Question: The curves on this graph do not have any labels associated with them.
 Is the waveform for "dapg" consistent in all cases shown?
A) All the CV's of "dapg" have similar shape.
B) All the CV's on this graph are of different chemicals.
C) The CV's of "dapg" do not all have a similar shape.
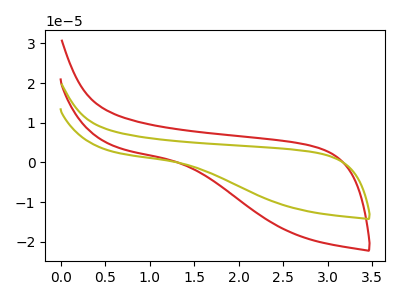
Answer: <think>The red curve "red" has no peaks. The olive curve "olive" has no peaks.
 Neither "red" or "olive" have any peaks.</think>
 <answer>A) All the CV's of "dapg" have similar shape.</answer>
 <eval>A</eval>